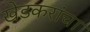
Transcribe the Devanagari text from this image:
खेडकरांचा